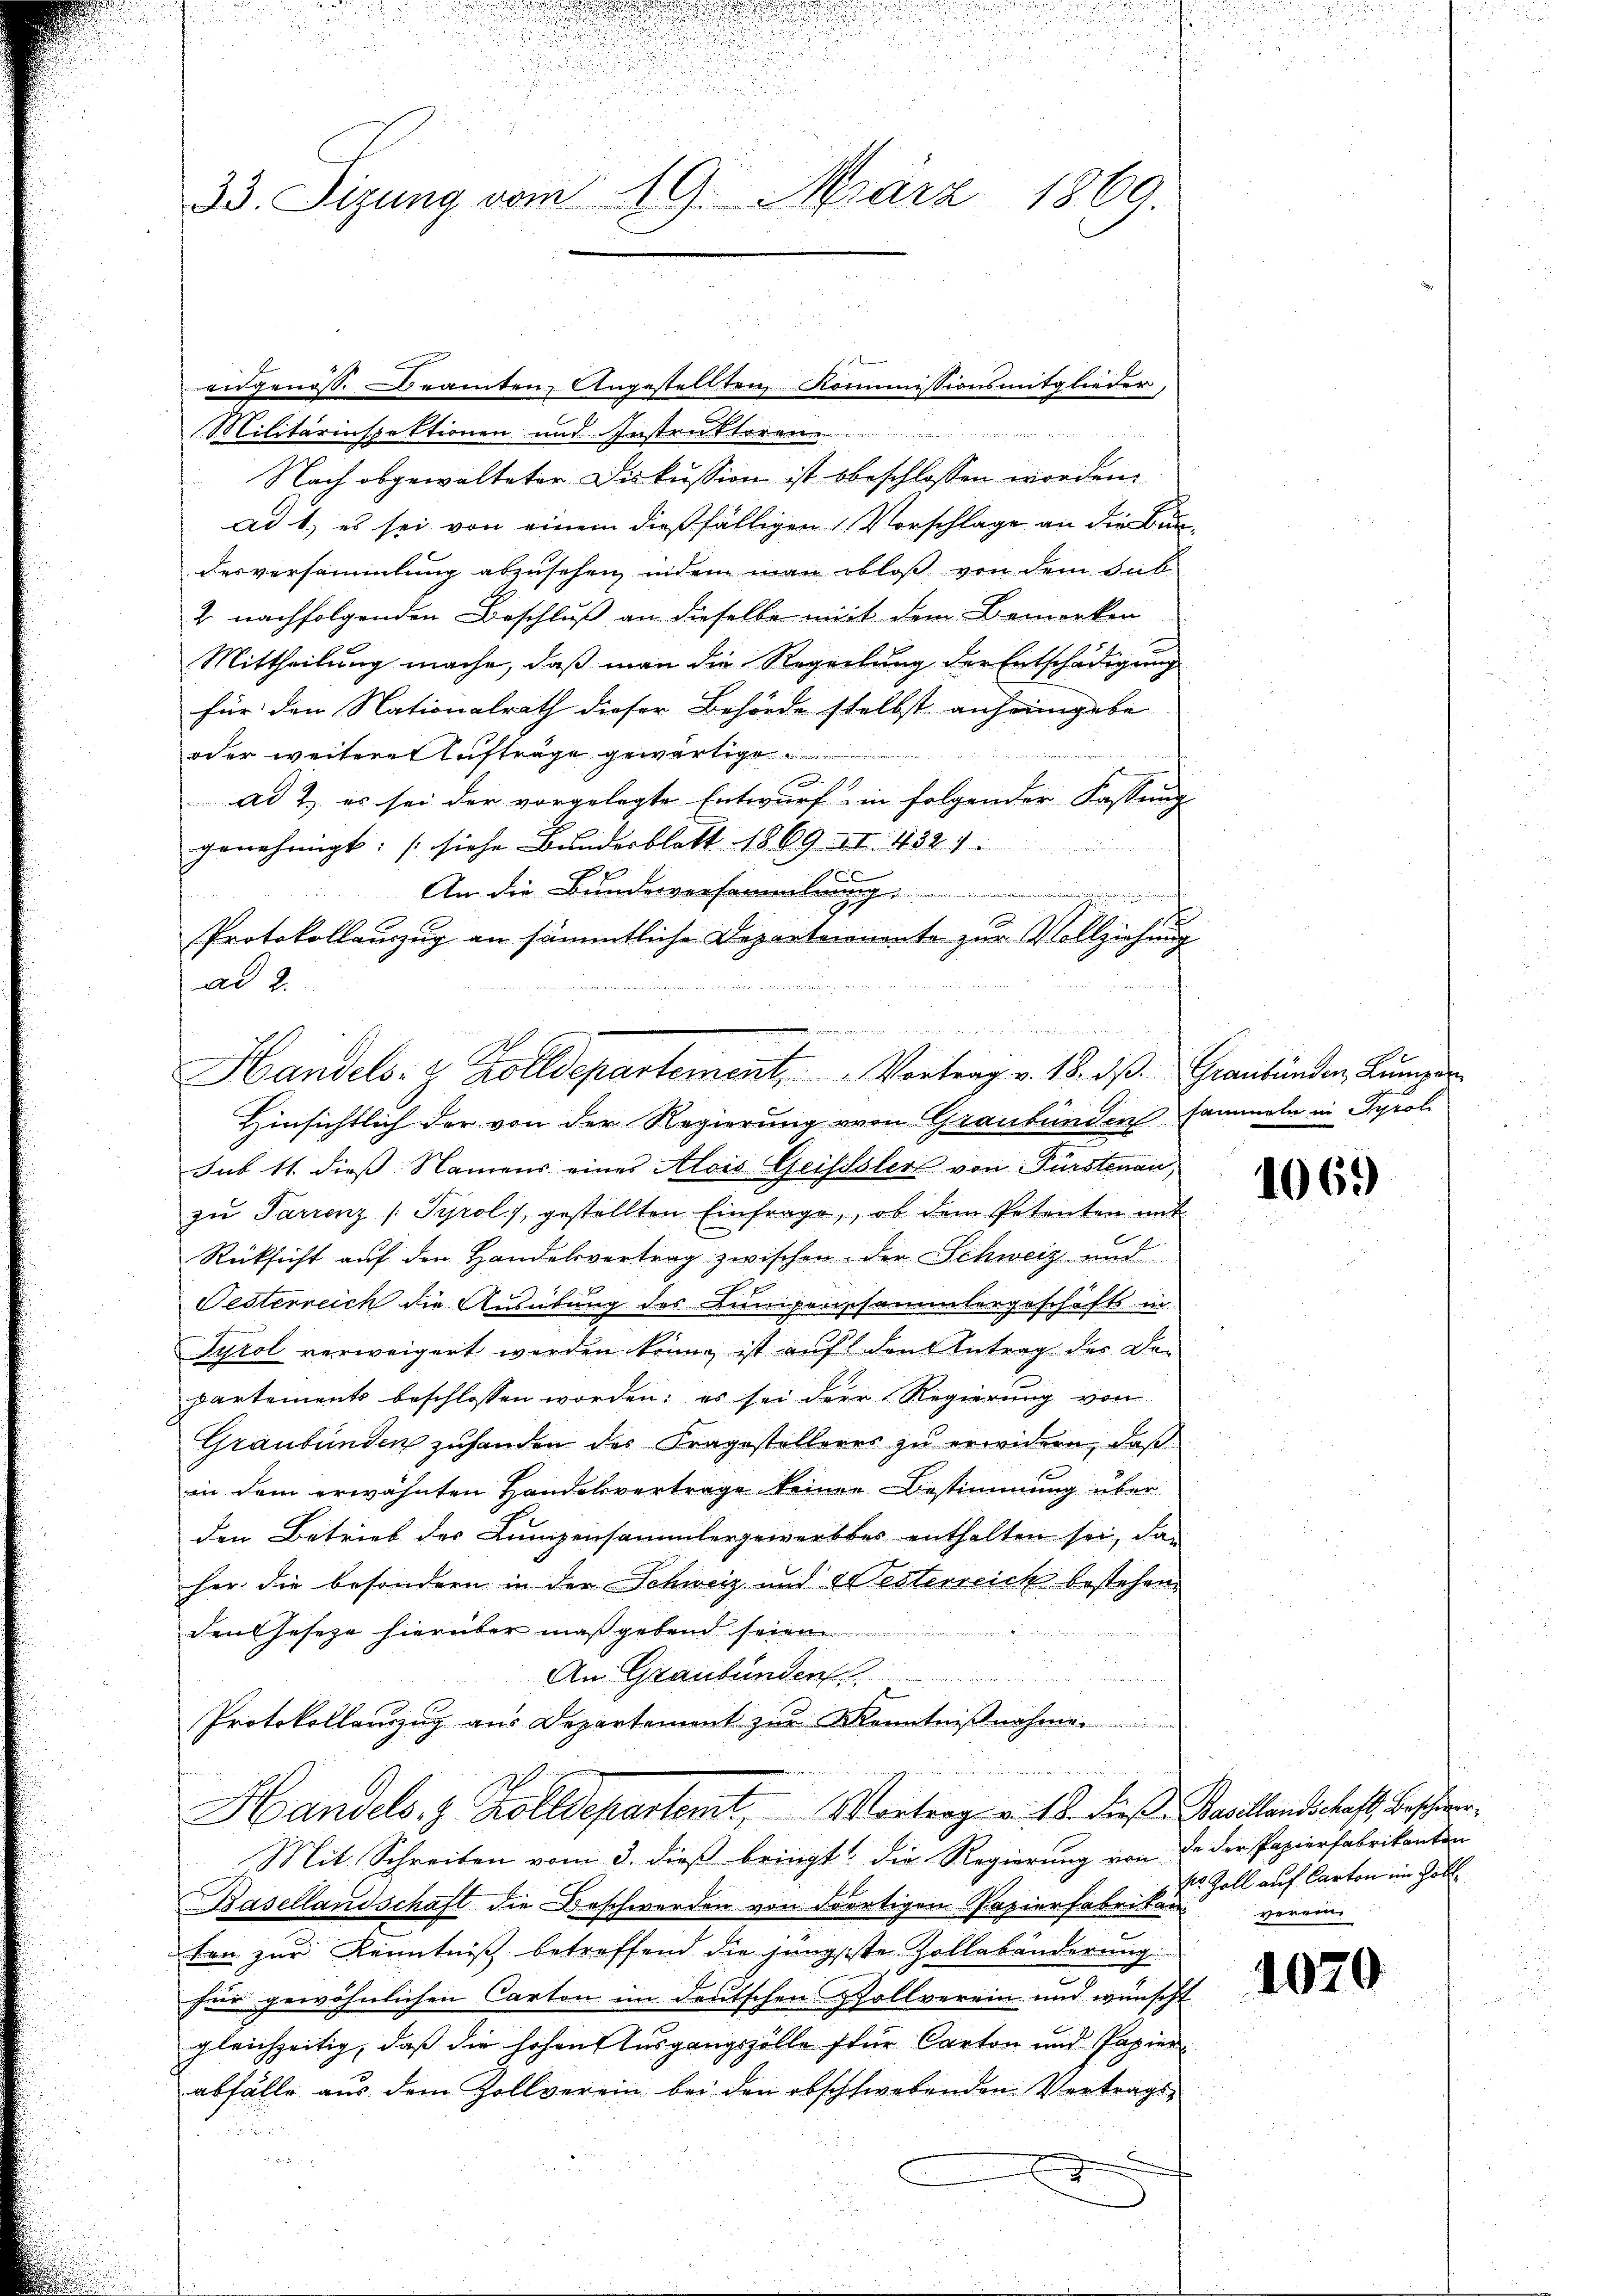
22

u

h
.
d

33. Sizung vom 19. März 1869.

Militärinspektionen und Instrakteren
Nach abgewalteter Diskussion ist beschlossen worden.
ad 1., es sei von einem dießfälligen Vorschläge an die Bedesversammlung abzusehen, indem man bloß von dem Sub
2 nachfolgenden Beschluß an dieselbe mit dem Bemerken
Mittheilung mache, daß man die Regelung der Entschädigung
für den Nationalrath dieser Behörde selbst anheimgebe
oder weiterer Aufträge gewärtige
ad 2, es sei der vorgelegte Entwurf in folgender Fassung
genehmigt: „siche Bundesblatt 1869 II. 432. 1
n
An die Bundesversammlung
1
h
Protokollauszug an sämmtliche Departeinente zur Vollziehung
sl

ad 2.

Handels- & Zolldepartement, Vortrag v. 18. dß. Graubünden, Rumer
Hinsichtlich der von der Regierung von Graubünden sammeln in Tyrol

eidgenoss. Beamten, Angestellten Kommissionsmitglieder,

sub 11. dieß Namens eines Alois Geisslers von Fürstenau,
zŭ Jarrenz (Syrol, gestellten Einfrage, ob dem Petenten mit
Rücksicht auf den Handelsvertrag zwischen der Schweiz und
Festerreich die Ausübung des Lumpenssammlergeschäfts in
Tyrol verweigert werden bring ist auf den Antrag der Departements beschlossen worden; es sei der Regierung von
Graubünden zuhanden des Fragestelleres zu erwidern, daß
in dem erwähnten Handelsvertrage keinen Bestimmung über
den Betrieb des Lumpensammlergewerbter enthalten sei, das
her die besondern in der Schweiz und Westerreich bestehen
denseseze hierüber maßgebend seien
An Graubünden
Protokollauszug aus Departement zur Kenntnißnahme
Handels 8 Zolldepartemt. Montrag v. 16. dieß Saallandschaft beschien
Mit Schreiben vom 3. dieβ bringt die Regierŭng von de der Papierfabrikanten
Basellandschaft die Beschwerden von dortigen Papierfabrikan
ten zur Kenntniß betreffend die jüngsste Zollabänderung
für gewöhnlichen Carton im deutschen Zollverein und wünscht
gleichzeitig, daß die hohen Ausgangszölle für Carton und Papier
abfälle aus dem Zollverein bei den obschwebenden Vertrags-
e

d

1069

Es Zoll auf Carton im Höll
verein

1070